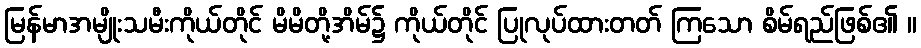
မြန်မာအမျိုးသမီးကိုယ်တိုင် မိမိတို့အိမ်၌ ကိုယ်တိုင် ပြုလုပ်ထားတတ် ကြသော စိမ်ရည်ဖြစ်၏ ။